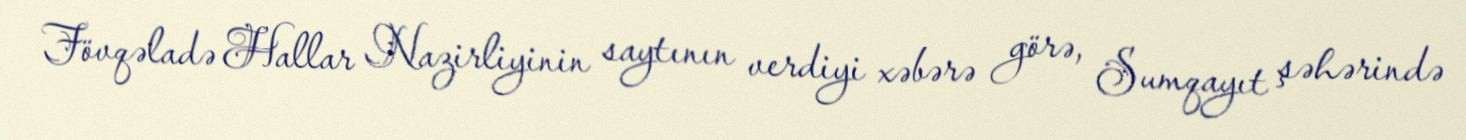
Fövqəladə Hallar Nazirliyinin saytının verdiyi xəbərə görə, Sumqayıt şəhərində